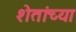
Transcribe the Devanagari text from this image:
शेतांच्या